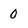
Character: 0